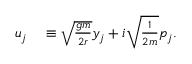
\begin{array} { r l } { u _ { j } } & { { } \equiv \sqrt { \frac { g m } { 2 r } } y _ { j } + i \sqrt { \frac { 1 } { 2 m } } p _ { j } . } \end{array}